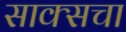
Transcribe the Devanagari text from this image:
साक्सचा